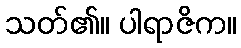
သတ်၏။ ပါရာဇိက။